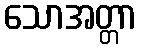
သောအတ္တာ